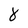
Character: 8